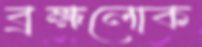
ব্রহ্মলোক